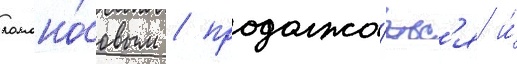
ломоно́совым / продолжа́етс'я и́